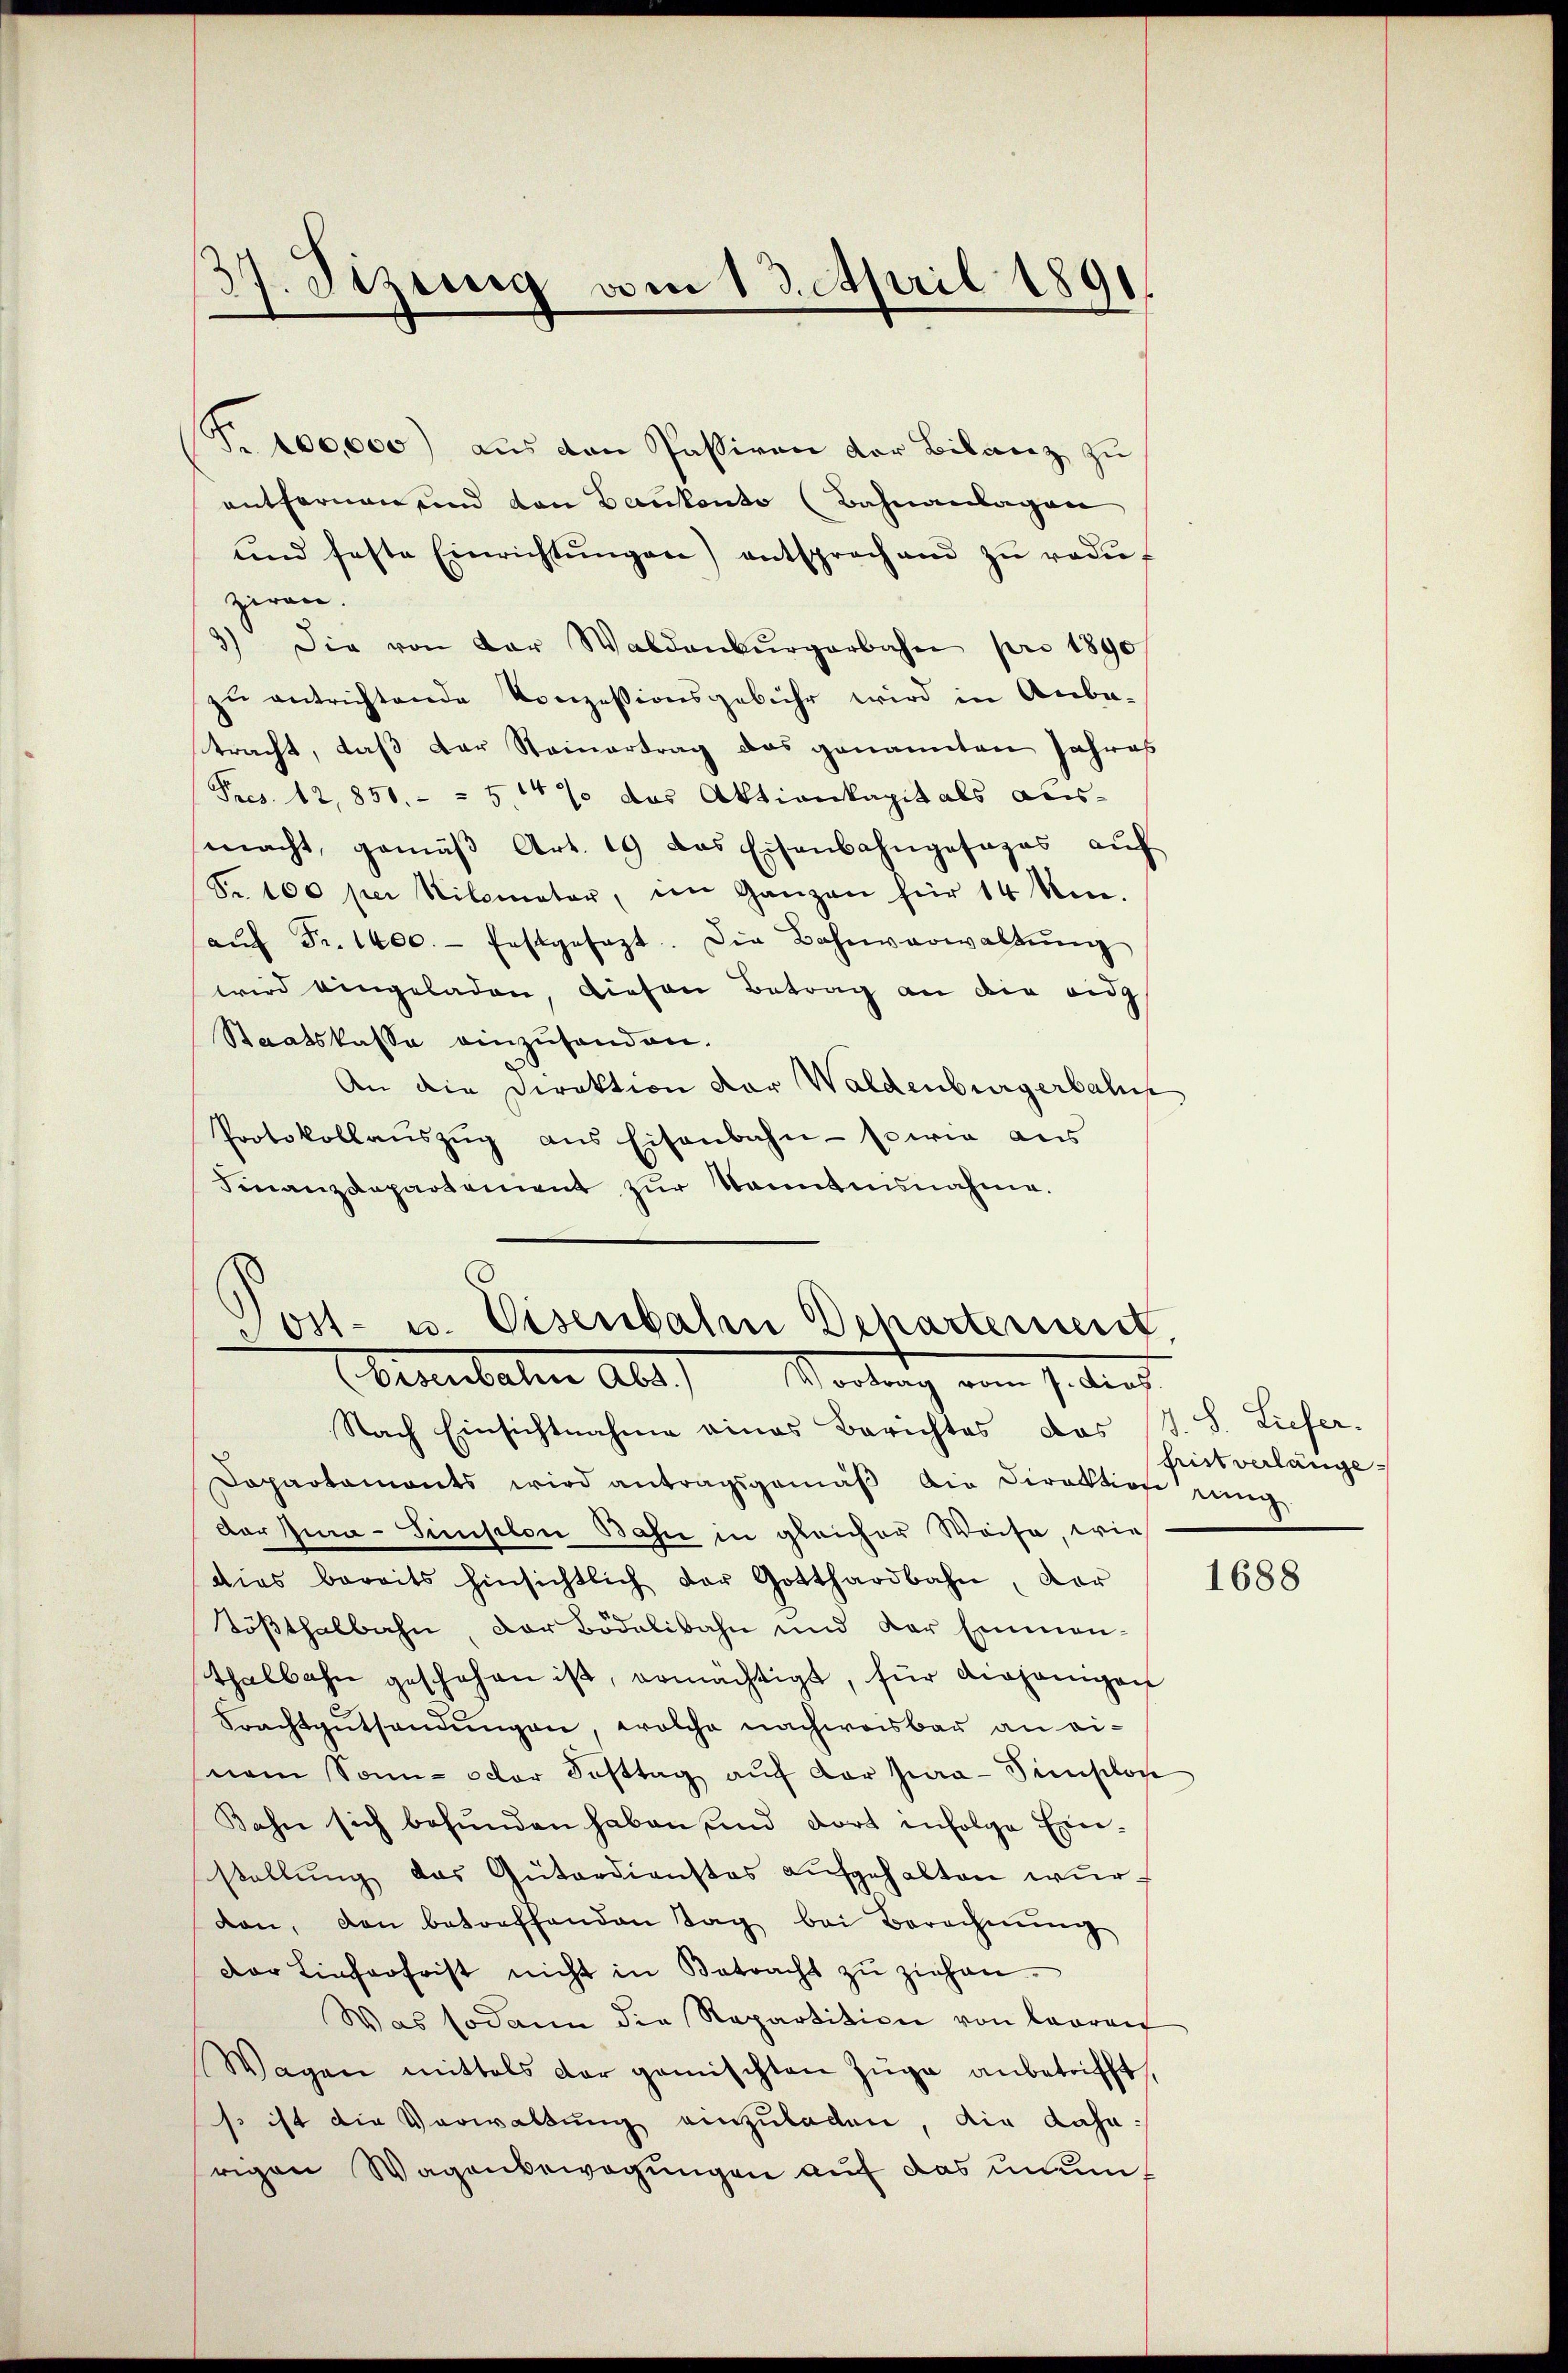
37. Sizung am 13. April 1891

Fr. 100,000) aus den Passiven der Bilanz zu
entfernen und den Bankonto (Bahnanlagen
und feste Einrichtŭngen) entsprechend zŭ redŭ
ziren.
3) Die von der Waldenbŭrgerbahn pro 1890
u entrichtende Konzessionsgebühr wird in Anbe-
8
tracht, daβ der Steinertrag das genannten Jahres
Pres. 12, 850. - - 5. 14 % das Aktionkapitals aus-
macht, gemäβ Art. 19 das Eisenbahngesages aŭf
Fr. 100 per Nilometer, im Ganzen für 14 Min.
aŭf Fr. 1400. festgesezt. Die Bahnverwaltŭng
wird eingeladen, diesen Betrag an die eidg
Staatskasse einzusenden.
An die Direktion der Waldenburgerbahn
Protokollauszug aus Eisenbahn - sowie aus
Finanzdepartement zur Kenntnisnahme.

Post- u. Visenbalm Scharternent
Brabaten Abt.) Vorlang vom 7. dies

Nach Einsichtnahme eines Berichtes das
Dapartamonts wird antragsgemäβ die Direktion einig
Der Jura-Sinselon Bahn in gleicher Weise, wie
dies bereits hinsichtlich der Gotthardbahn, dar
Tößthalbahn, der Bödelibahn und der Einmanthalbahn geschehen ist, ermächtigt, für diejenigen
Frachtgutsendungen, welche nachweisbar an einem Sonn- oder Fasttag aŭf der Jura-Simplon
Kahn sich befunden haben und dort infolge Einstellŭng das Güterdienstes aŭfgehalten wurdon, den betreffenden Tag bei Berechnŭng
Dar Lieferfrist nicht in Betracht zŭ ziehen.
Was sodann die Repartition von Looren
Wagen mittels dar gemischten Züge anbetrifft,
so ist die Verwaltung einzuladen, die daharigen Wagenbewegungen auf das man¬

V. S. Liefer.
hrist verlänge¬

1688